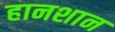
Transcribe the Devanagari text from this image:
हानशान